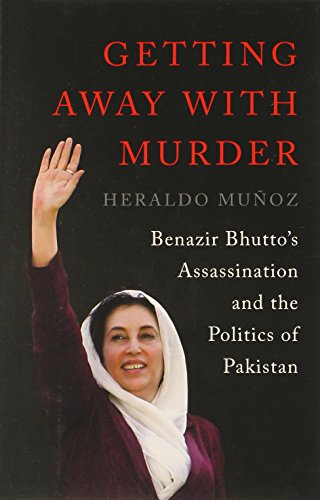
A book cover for Getting Away with Murder: Benazir Bhutto's Assassination and the Politics of Pakistan; Heraldo MuÃ±oz; History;